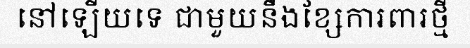
នៅឡើយទេ ជាមួយនឹងខ្សែការពារថ្មី